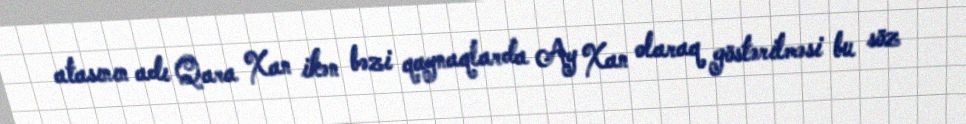
atasının adı Qara Xan ikən bəzi qaynaqlarda Ay Xan olaraq göstərilməsi bu söz